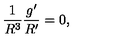
\frac { 1 } { R ^ { 3 } } \frac { g ^ { \prime } } { R ^ { \prime } } = 0 ,